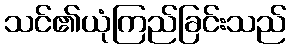
သင်၏ယုံကြည်ခြင်းသည်